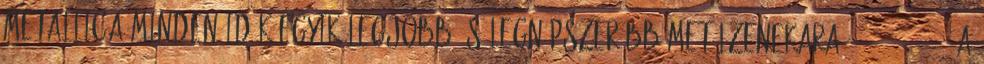
Metallica minden idők egyik legjobb és legnépszerűbb metálzenekara. 142 231 232 A